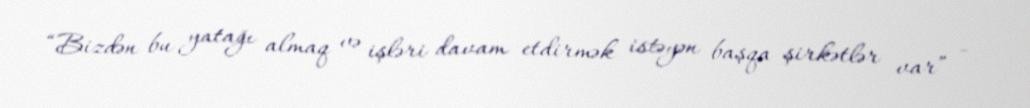
“Bizdən bu yatağı almaq və işləri davam etdirmək istəyən başqa şirkətlər var” -